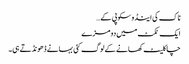
ناک کی اینڈوسکوپی کے…
ایک ٹکٹ میں دو مزے
چاکلیٹ کھانے کے لوگ کئی بہانے ڈھونڈتے ہی۔